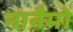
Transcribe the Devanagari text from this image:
नानैमो